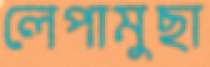
লেপামুছা